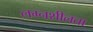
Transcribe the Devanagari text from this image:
लग्नशीलता